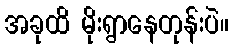
အခုထိ မိုးရွာနေတုန်းပဲ။